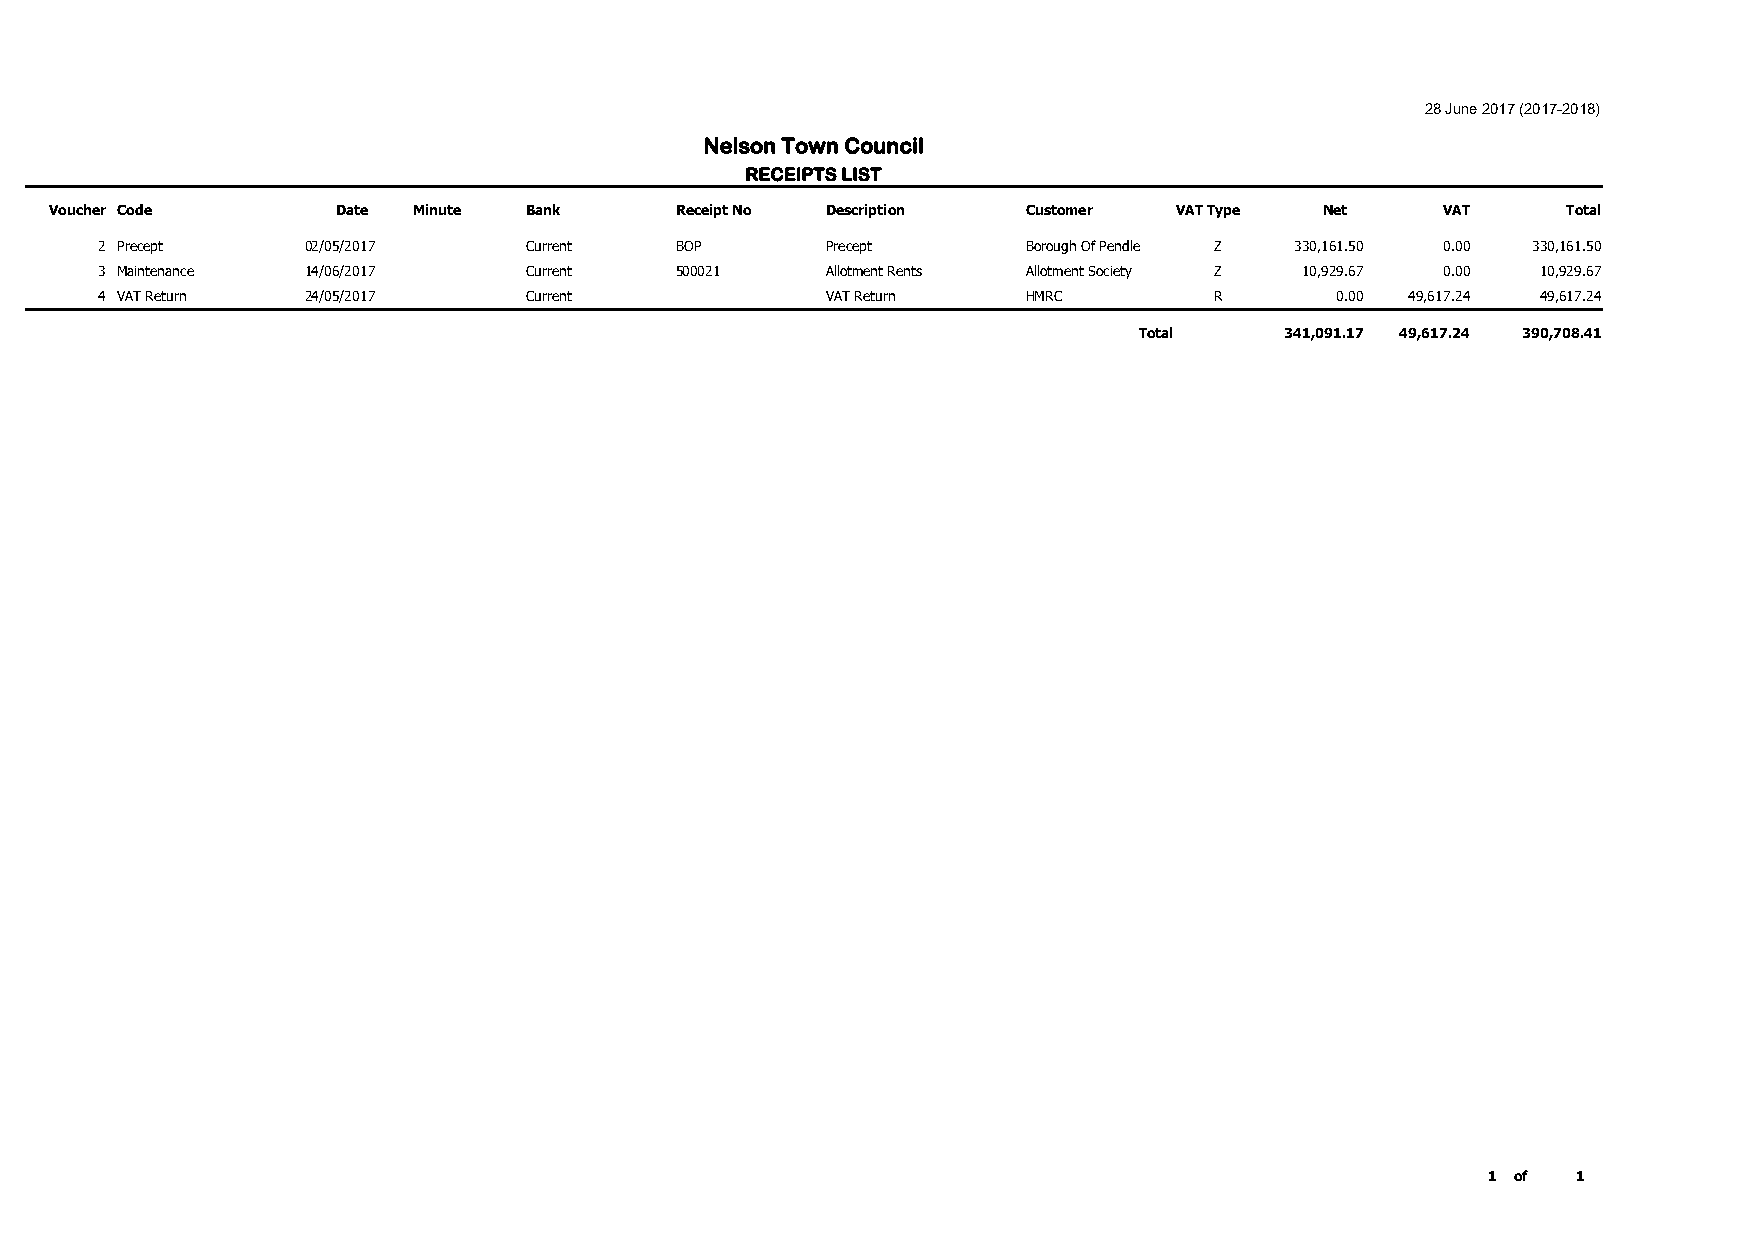
28 June 2017 (2017-2018)
 Nelson Town Council
 RECEIPTS LIST
 Voucher Code       Date Minute  Bank      Receipt No Description Customer  VAT Type  Net    VAT      Total
 2 Precept    02/05/2017     Current   BOP       Precept      Borough Of Pendle Z 330,161.50 0.00 330,161.50
 3 Maintenance 14/06/2017    Current   500021    Allotment Rents Allotment Society Z 10,929.67 0.00 10,929.67
 4 VAT Return 24/05/2017     Current             VAT Return   HMRC        R       0.00 49,617.24 49,617.24
 Total     341,091.17 49,617.24 390,708.41
 1 of  1